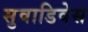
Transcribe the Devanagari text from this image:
सुवाडिवेस